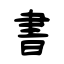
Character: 書